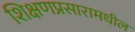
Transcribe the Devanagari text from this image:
शिक्षणप्रसारामधील